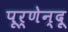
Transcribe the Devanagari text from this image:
पूर्णेन्दू